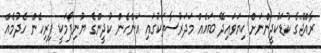
ރާއްޖޭގެ ކުޑަކުދީންނަށް ކިޔަވައިދޭ ބައެއް މަދަރުސާތަކުގައި އަންހެން ކުދީންގެ ޔުނިފޯމަކީ ފިރިހެން ހެދުމެއް